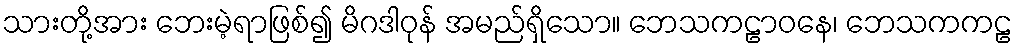
သားတို့အား ဘေးမဲ့ရာဖြစ်၍ မိဂဒါဝုန် အမည်ရှိသော။ ဘေသကဠာဝနေ၊ ဘေသကကဠ